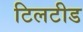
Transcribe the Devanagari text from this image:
टिलटीड